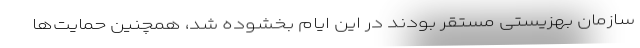
سازمان بهزیستی مستقر بودند در این ایام بخشوده شد، همچنین حمایت‌ها